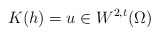
\begin{align*}K(h)=u\in W^{2,t}(\Omega) \end{align*}